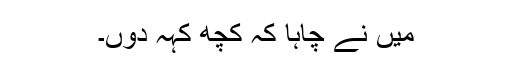
میں نے چاہا کہ کچھ کہہ دوں۔